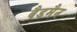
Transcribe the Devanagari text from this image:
बैडमैन